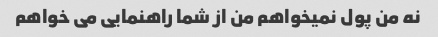
نه من پول نمیخواهم من از شما راهنمایی می خواهم